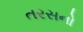
તરસનો